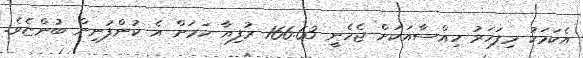
އެކަމަކު މިފަހަރު ހިއްސާއަކަށް ޖެހެނީ 166.63 ރުފިޔާ ކަމަށް އެ ކުންފުނިން ބުންޏެވެ.